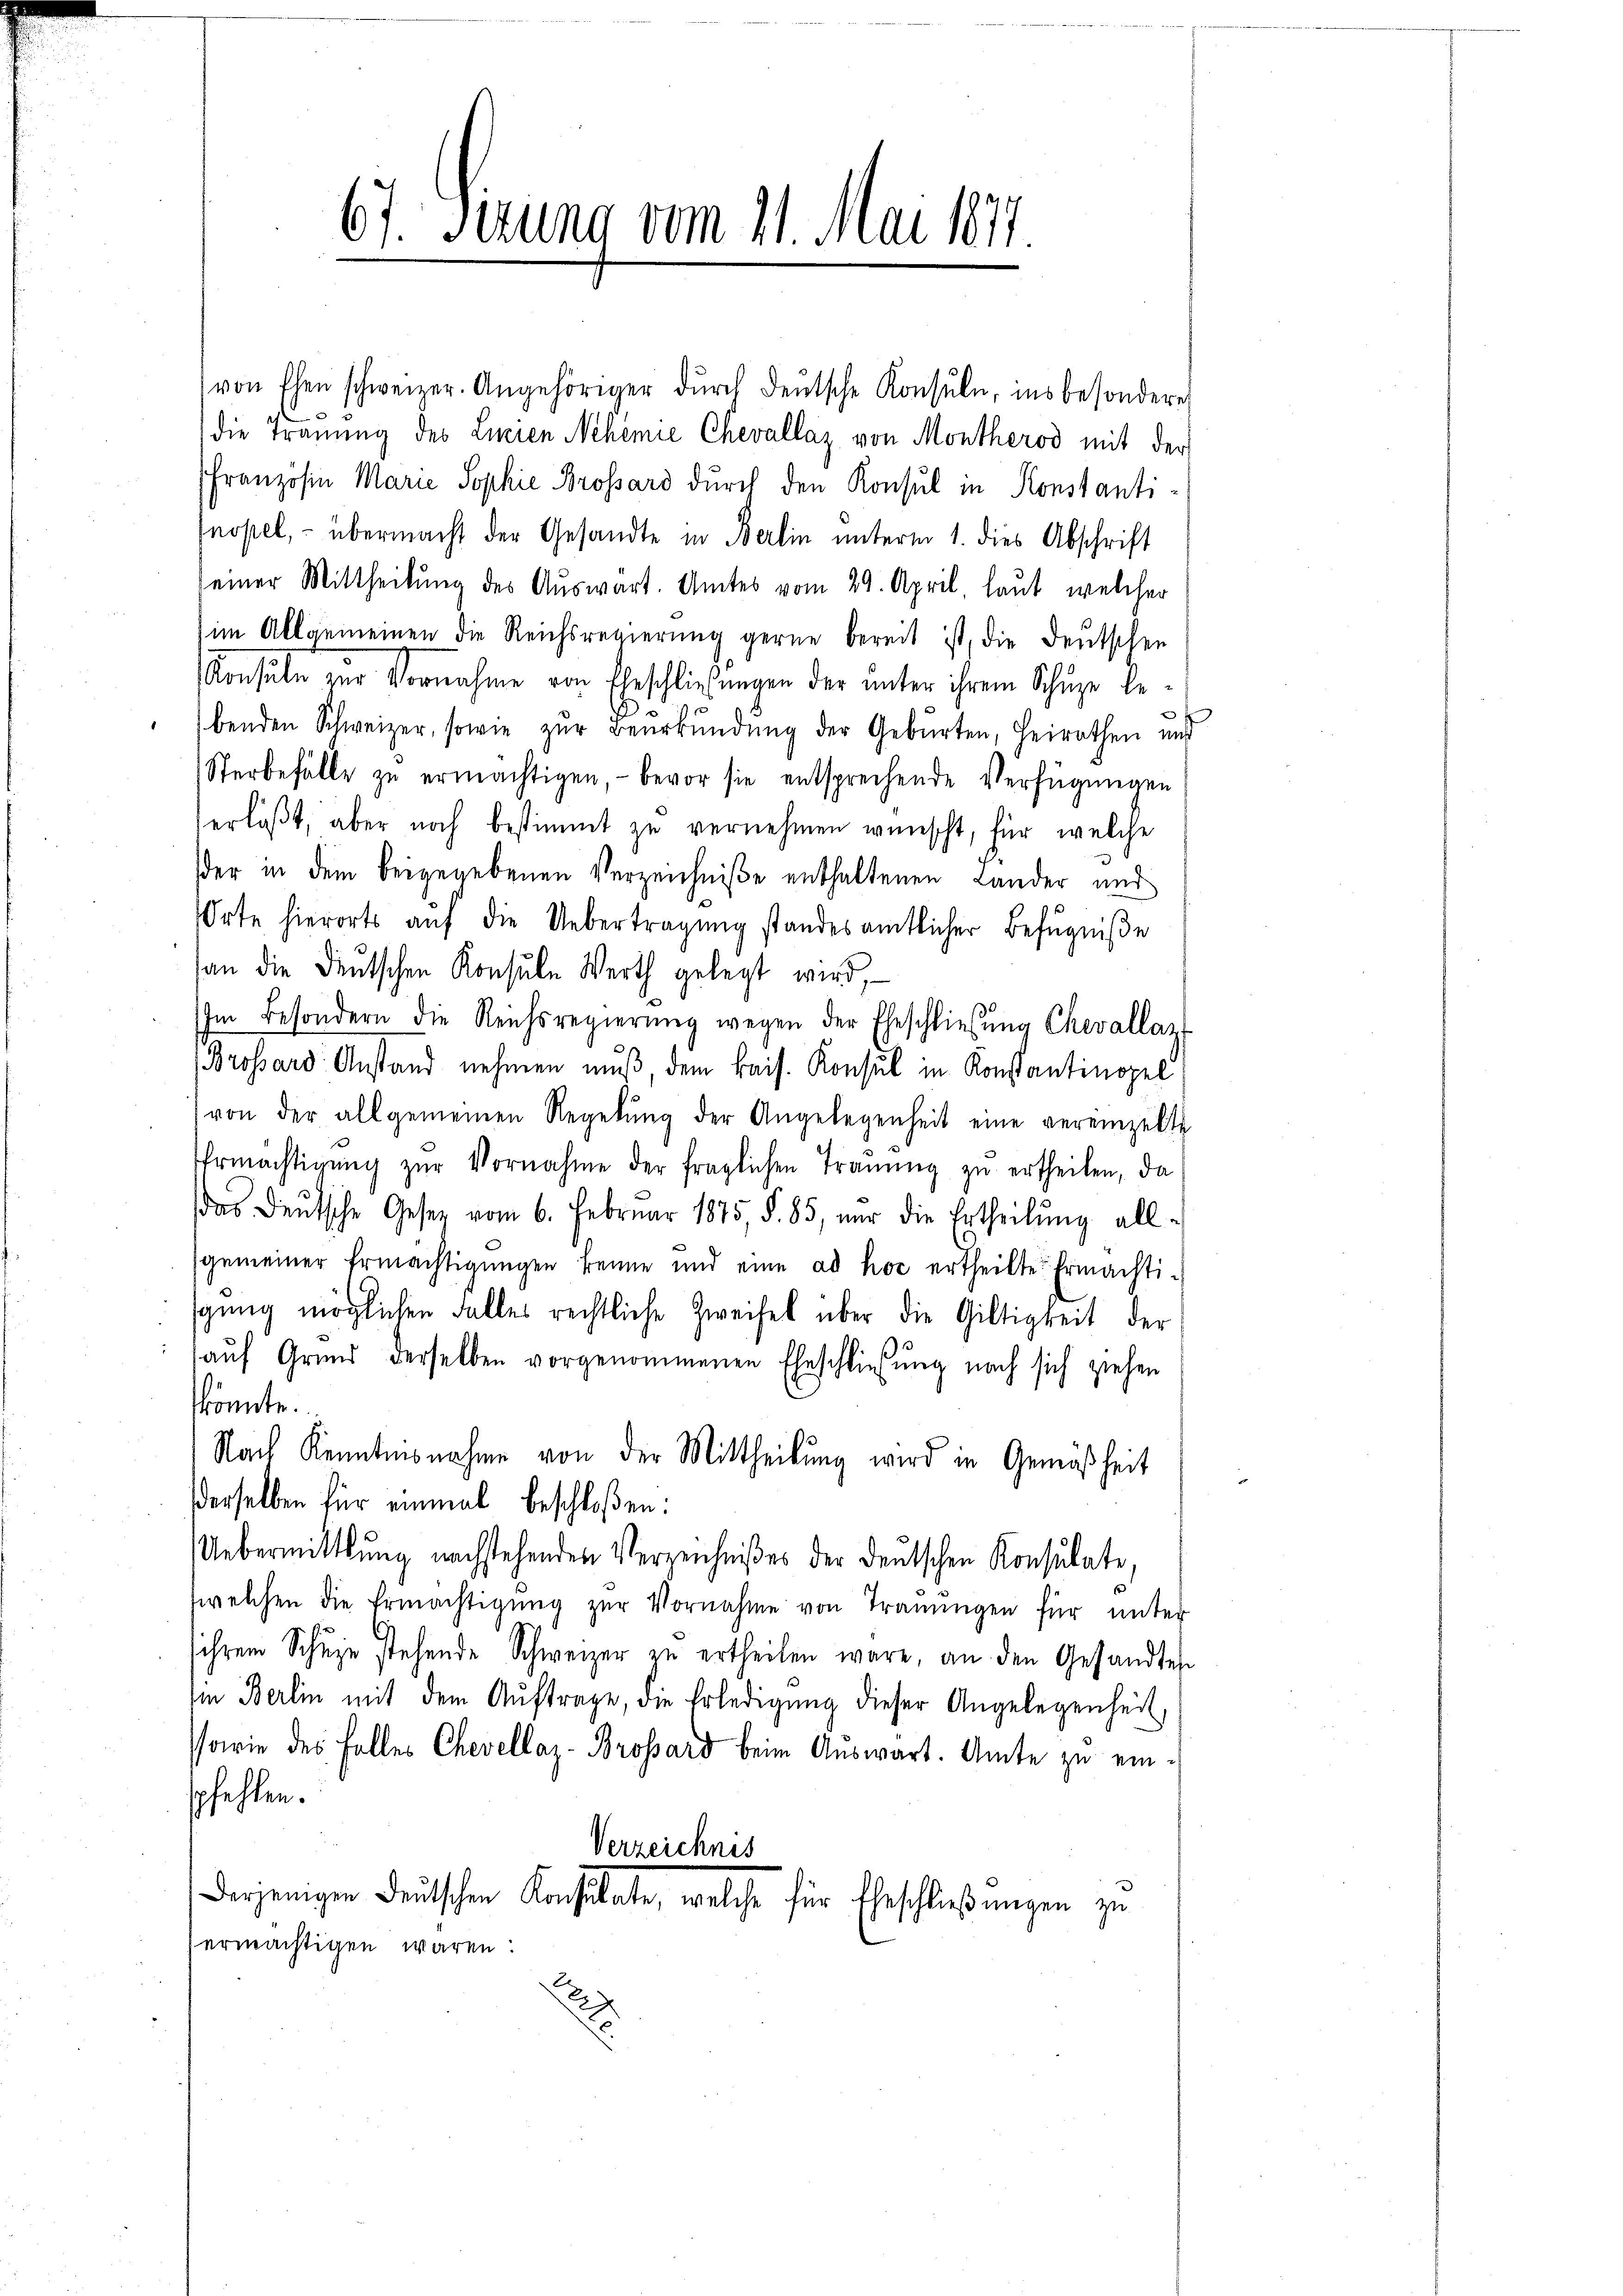
67. Situng vom 11. Mai 1877.

von Ehen schweizer. Angehöriger dŭrch deŭtsche Konsŭle, ins besonderes
.
die Trauung des Linien Nehemie Chevallaz von Montherod mit der
Französin Marie Sophie Brossard durch den Konsul in Konstantinopel, - übermacht der Gesandte in Berlin unterm 1. dies Abschrift
seiner Mittheilung des Auswart. Amtes vom 29. April, laut, welcher
im Allgemeinen die Reichsregierung gerne bereit ist, die Deutschen
Konsuln zur Vornahme von Eheschließungen der unter ihrem Schüze be-
o
benden Schweizer, sowie zŭr Beurkŭndŭng der Geburten, heirathen und
Sterbefälle zŭ ermächtigen, bevor sie entsprechende Verfügungen
erläβt, aber noch bestimmt zŭ vernehmen wünscht, für welche
der in dem beigegebenen Verzeichniße enthaltenen Lander und
Orte hierorts aŭf die Uebertragung standes amtlicher Befugniße
an die Deutschen Konsule Werth gelegt wird,
Im Besondern die Reichsregierŭng wegen der Eheschliesŭng Chevallaz
Brossard Anstand nehmen muß, dem kais. Konsul in Konstantinopel
von der allgemeinen Regelŭng der Angelegenheit eine vereinzelte
Ehrmachtigŭng zŭr Vornahme der fraglichen Trauung zŭ ertheilen, da
das Deutsche Geser vom 6. Februar 1875 §. 85, nur die Ertheilŭng all-
gemeiner Ermächtigŭngen kenne und eine ad hoc ertheilte Ermächtigung möglichen Falles rechtliche Zweifel über die Giltigkeit der
auf Grund derselben vorgenommenen Eheschließung nach sich ziehen
könnte.
Nach Kenntnisnahme von der Mittheilŭng wird in Gemäßheit
derselben für einmal beschloßen:
Uebermittlung nachstehenden Verzeichnißes der deutschen Konsulate,
welchen die Ermächtigŭng zŭr Vornahme von Trauungen für unter
sihrem Schŭze stehende Schweizer zu ertheilen wäre, an den Gesandten
im Berlin mit dem Aŭftrage, die Erledigung dieser Angelegenheit,
Porie des Falles Chevellaz-Brossard beim Auswart. Amte zu einspfehlen.
Verzeichnis
Derjenigen Deutschen Konsulate, welche für Eheschließungen zu
ermächtigen waren: